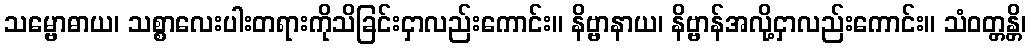
သမ္ဗောဓာယ၊ သစ္စာလေးပါးတရားကိုသိခြင်းငှာလည်းကောင်း။ နိဗ္ဗာနာယ၊ နိဗ္ဗာန်အလို့ငှာလည်းကောင်း။ သံဝတ္တန္တိ၊